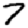
Digit: 7